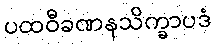
ပထဝီခဏနသိက္ခာပဒံ